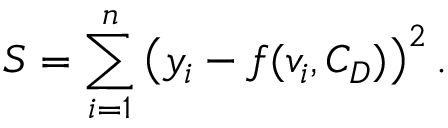
S = \sum _ { i = 1 } ^ { n } \left( y _ { i } - f ( v _ { i } , C _ { D } ) \right) ^ { 2 } .